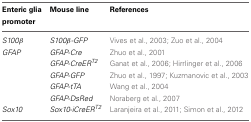
<table><thead><tr><td><b>Enteric glia</b></td><td><b>Mouse line</b></td><td><b>References</b></td></tr><tr><td><b>promoter</b></td><td></td><td></td></tr></thead><tbody><tr><td><i>S100β</i></td><td><i>S100β-GFP</i></td><td>Vives et al., 2003; Zuo et al., 2004</td></tr><tr><td><i>GFAP</i></td><td><i>GFAP-Cre</i></td><td>Zhuo et al., 2001</td></tr><tr><td></td><td><i>GFAP-CreER<sup>T2</sup></i></td><td>Ganat et al., 2006; Hirrlinger et al., 2006</td></tr><tr><td></td><td><i>GFAP-GFP</i></td><td>Zhuo et al., 1997; Kuzmanovic et al., 2003</td></tr><tr><td></td><td><i>GFAP-tTA</i></td><td>Wang et al., 2004</td></tr><tr><td></td><td><i>GFAP-DsRed</i></td><td>Noraberg et al., 2007</td></tr><tr><td><i>Sox10</i></td><td><i>Sox10-iCreER<sup>T2</sup></i></td><td>Laranjeira et al., 2011; Simon et al., 2012</td></tr></tbody></table>